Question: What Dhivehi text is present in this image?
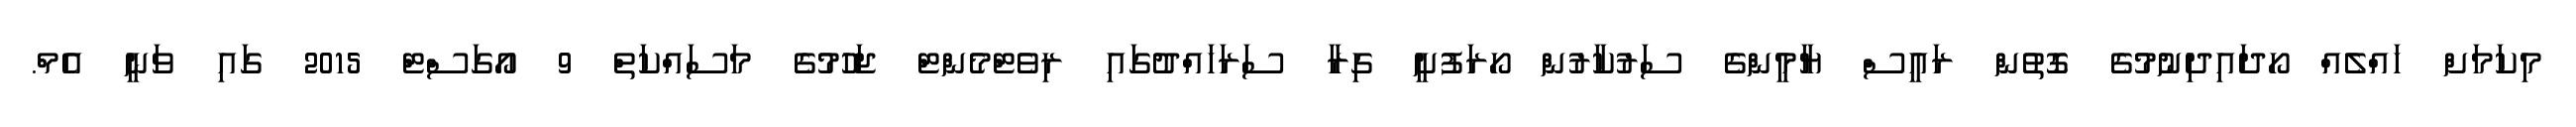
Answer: މިކަމަށް ހައްލެއް ހޯދައިދިނުމުގެ ގޮތުން ރައީސް ޔާމީންގެ ސަރުކާރުން ހޯރަފުށީ ގިރާ ސަރަހައްދުގައި ރިވެޓްމެންޓް ޖަހުމުގެ މަސައްކަތް 9 އޯގަސްޓް 2015 ގައި ވަނީ އެމް.